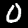
Label: 0